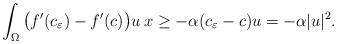
LaTeX: \begin{align*}\int_{\Omega}\big(f^\prime(c_\varepsilon) - f^\prime(c)\big)u\:x \geq -\alpha(c_\varepsilon - c)u = -\alpha|u|^2.\end{align*}